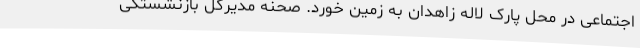
اجتماعی در محل پارک لاله زاهدان به زمین خورد. صحنه مدیرکل بازنشستگی